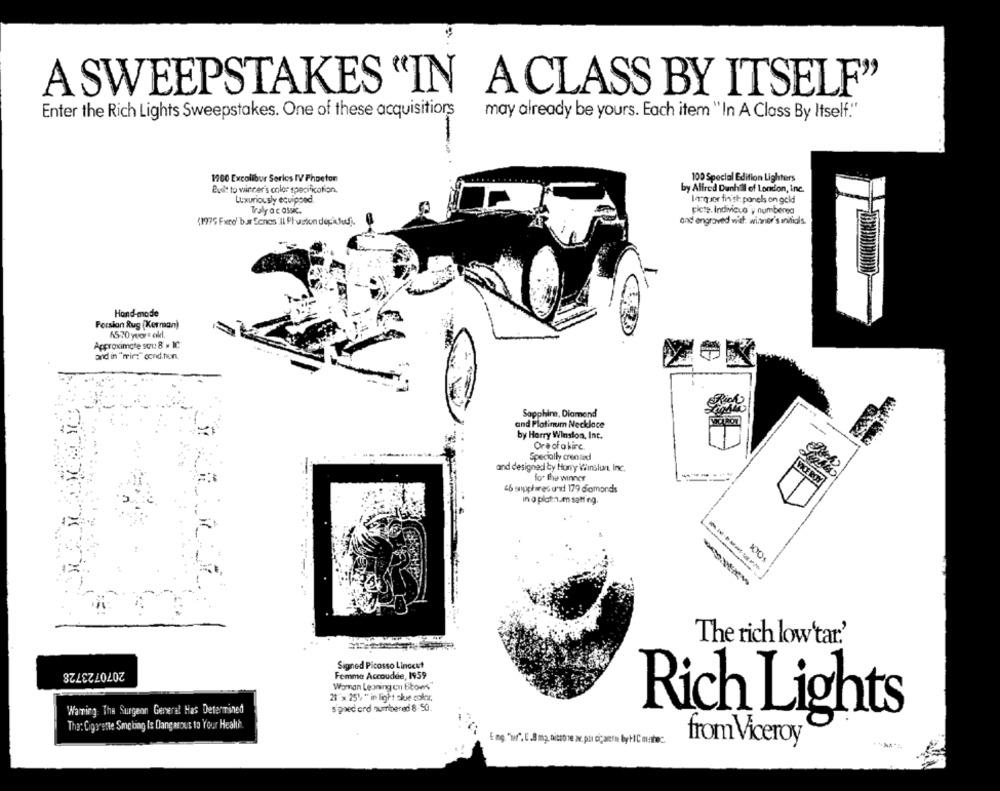
A SWEEPSTAKES "IN A CLASS BY ITSELF"
Enter the Rich Lights Sweepstakes. One of these acquisitiors
may already be yours. Each item "In A Class By Itself."
1900 Excalibur Series IV Phoeton
100 Special Edition Lighters
Built to winner's color specification.
by Alfred Dunhill of London, Inc.
Luxuriously equipoed
larquer finish panels on gold
Traly a c OSSK.
plete. Indivicuo y numberea
(1975 Fxce' bur Ecnos'll Pluston depifed.
and engraved with: winner's initials.
Hand-made
Persian Rug (Kerman)
1570 ycora all.
Approximate stu 8 » IC
and in "wir:" cond tion.
Sapphire, Diamond
and Platinum Necklace
by Harry Winston, Int.
Oreofakirc.
Specially created
and designed by Hony Winslun Inc.
for the winner
46 supphares ansi 179 diomords
in a platinum satt ng.
The rich low'tar.'
Signed Picasso Linocut
2070723728
Femme Accoudée, 1959
Woman Leaning en Elows"
21 x 25% ** in light skie color.
Warring: The Surgeon General Has Determined
signed erd numbered 8-50.
Tha: Cigarette Smoking Is Dangerous to Your Health
Rich Lights
from Viceroy